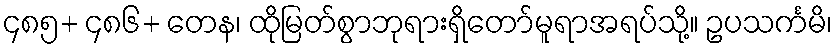
၄၈၅+ ၄၈၆+ တေန၊ ထိုမြတ်စွာဘုရားရှိတော်မူရာအရပ်သို့။ ဥပသင်္ကမိ၊